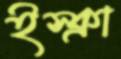
ইস্ক্রা